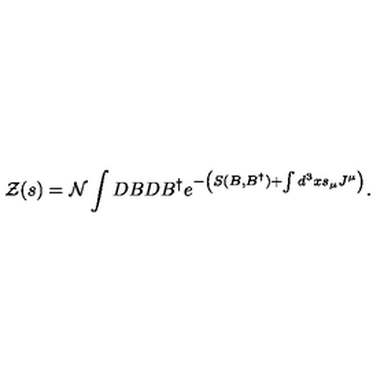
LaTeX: { \cal Z } ( s ) = { \cal N } \int D B D B ^ { \dagger } e ^ { - \left( S ( B , B ^ { \dagger } ) + \int d ^ { 3 } x s _ { \mu } J ^ { \mu } \right) } .